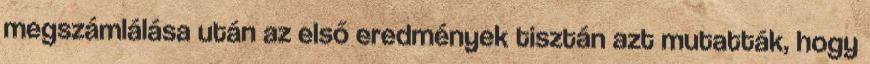
megszámlálása után az első eredmények tisztán azt mutatták, hogy